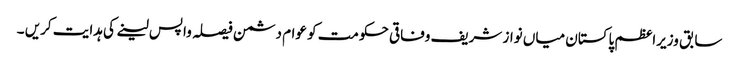
سابق وزیراعظم پاکستان میاں نواز شریف وفاقی حکومت کو عوام دشمن فیصلہ واپس لینے کی ہدایت کریں ۔